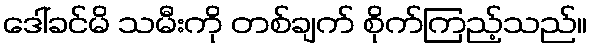
ဒေါ်ခင်မိ သမီးကို တစ်ချက် စိုက်ကြည့်သည်။